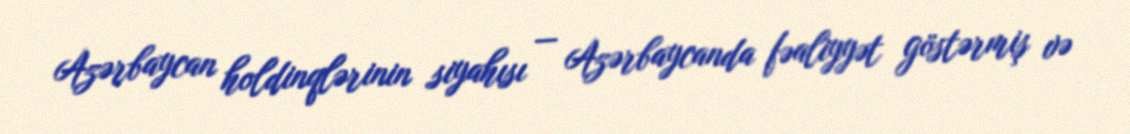
Azərbaycan holdinqlərinin siyahısı — Azərbaycanda fəaliyyət göstərmiş və